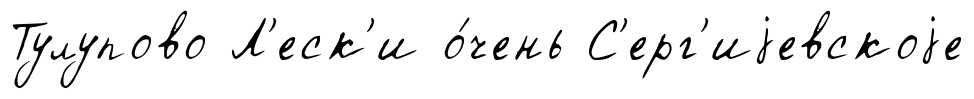
Тулупово Л'еск'и о́чень С'ерг'иjевскоjе